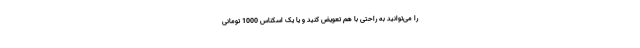
را می‌توانید به راحتی با هم تعویض کنید و یا یک اسکناس 1000 تومانی